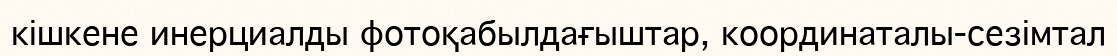
кішкене инерциалды фотоқабылдағыштар, координаталы-сезімтал